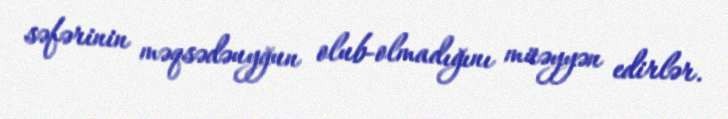
səfərinin məqsədəuyğun olub-olmadığını müəyyən edirlər.